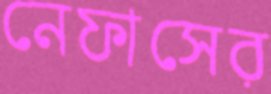
নেফাসের